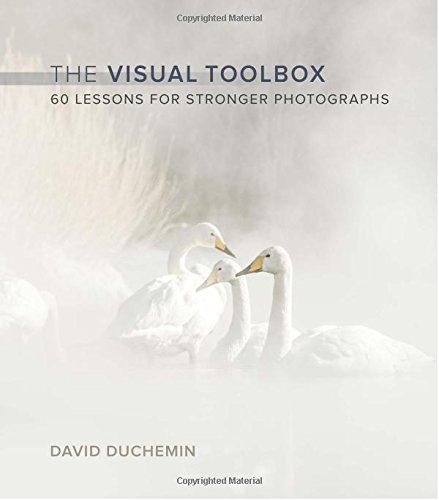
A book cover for The Visual Toolbox: 60 Lessons for Stronger Photographs (Voices That Matter); David duChemin; Arts & Photography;